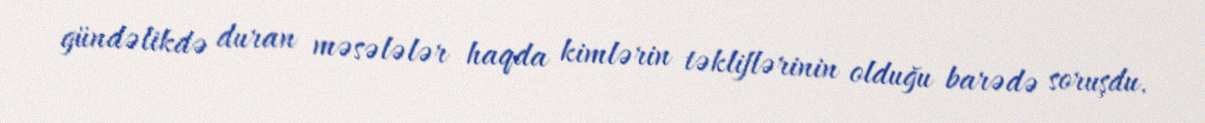
gündəlikdə duran məsələlər haqda kimlərin təkliflərinin olduğu barədə soruşdu.